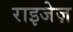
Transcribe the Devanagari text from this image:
राइजेज़